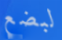
لبضع